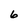
Character: 6